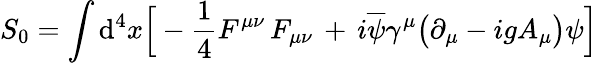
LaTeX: S_{0}=\int\mathrm{d}^{4}x\Big[-{\frac{{1}}{{4}}}F^{\mu\nu}\, F_{\mu\nu}\, +\, i\overline{{{\psi}}}\gamma^{\mu}\big(\partial_{\mu}-igA_{\mu}\big)\psi\Big]